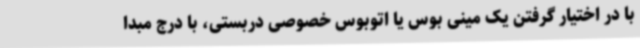
با در اختیار گرفتن یک مینی بوس یا اتوبوس خصوصی دربستی، با درج مبدا